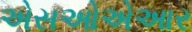
એસઓએઆર